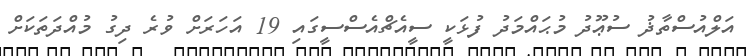
އަލްއުސްތާޛު ސުޢޫދު މުޙައްމަދު ފުޅަކީ ސީއެޗްއެސްސީގައި 19 އަހަރަށް ވުރެ ދިގު މުއްދަތަކަށް